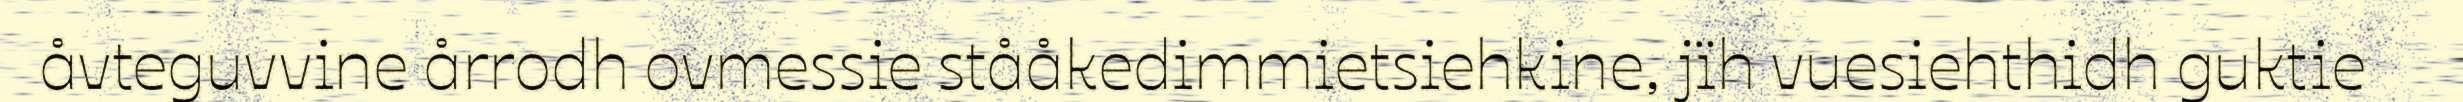
åvteguvvine årrodh ovmessie stååkedimmietsiehkine, jïh vuesiehthidh guktie